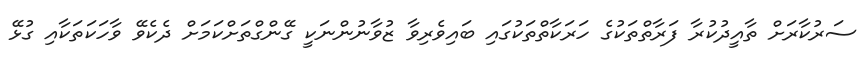
ސަރުކާރަށް ތާއީދުކުރާ ފަރާތްތަކުގެ ހަރަކާތްތަކުގައި ބައިވެރިވާ ޒުވާނުންނަކީ ގޭންގްތަށްކަމަށް ދެކެވޭ ވާހަކަތަކާއި ގުޅޭ